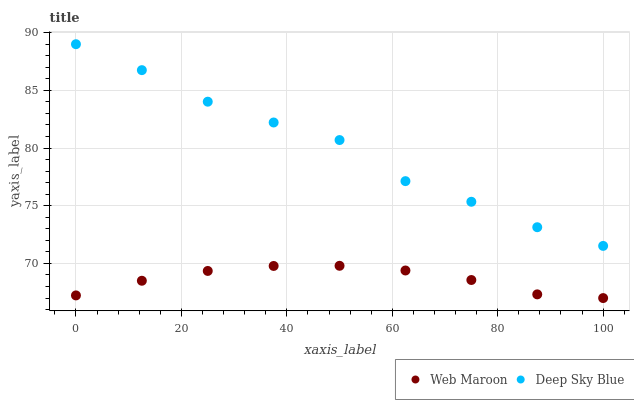
| xaxis_label | Web Maroon | Deep Sky Blue |
 | --- | --- | --- |
 | 0 | 67.2 | 89 |
 | 12.5 | 68.5 | 86.8 |
 | 25 | 69.4 | 84 |
 | 37.5 | 69.8 | 82.2 |
 | 50 | 69.8 | 80.7 |
 | 62.5 | 69.4 | 77.1 |
 | 75 | 68.6 | 75.3 |
 | 87.5 | 67.3 | 73.1 |
 | 100 | 67 | 71.5 |